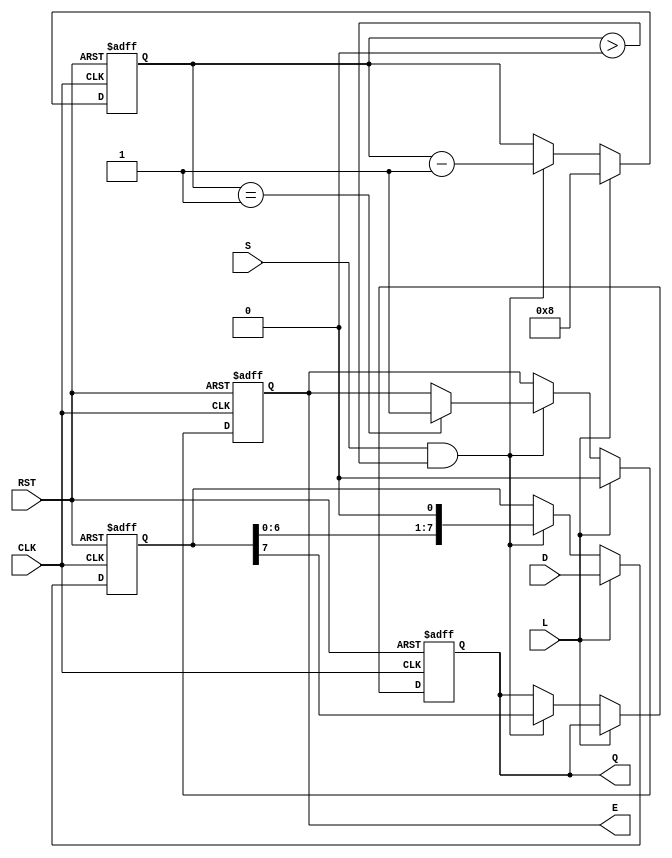
module PISO_Register #(
    parameter n = 8  // Width of the register
)(
    input wire [n-1:0] D,     // Parallel data input
    input wire L,             // Load signal
    input wire CLK,           // Clock signal
    input wire S,             // Shift signal
    input wire RST,           // Reset signal
    output reg Q,             // Serial output
    output reg E              // Empty signal
);

    reg [n-1:0] SR;           // Shift register
    reg [3:0] count;          // Counter to track bits shifted out

    // Asynchronous reset
    always @(posedge CLK or posedge RST) begin
        if (RST) begin
            SR <= 0;          // Clear the shift register
            Q <= 0;          // Clear the serial output
            E <= 1;          // Initially empty
            count <= 0;      // Reset counter
        end else begin
            if (L) begin
                SR <= D;      // Load parallel data into shift register
                count <= n;   // Set count to the number of bits
                E <= 0;       // Not empty after loading data
            end else if (S && (count > 0)) begin
                Q <= SR[n-1]; // Output the MSB to Q
                SR <= SR << 1; // Shift left (or right as per design)
                count <= count - 1; // Decrement the count
                if (count == 1)
                    E <= 1;   // Set empty when the last bit is shifted out
            end
        end
    end

endmodule